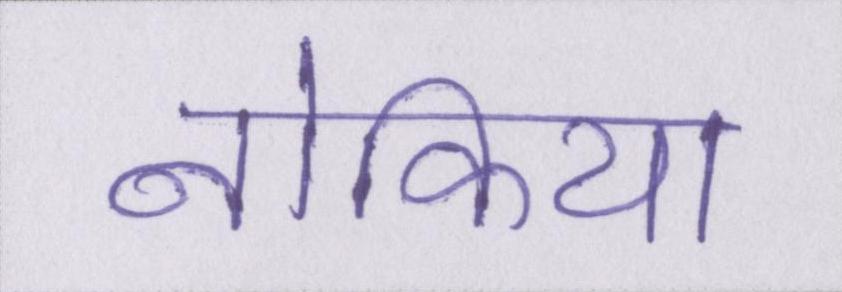
नोकिया